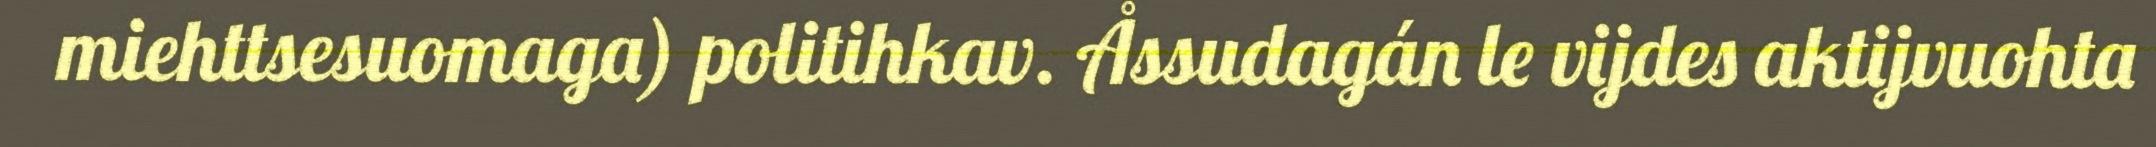
miehttsesuomaga) politihkav. Åssudagán le vijdes aktijvuohta